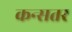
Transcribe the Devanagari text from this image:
कन्सतर